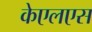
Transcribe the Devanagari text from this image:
केएलएस